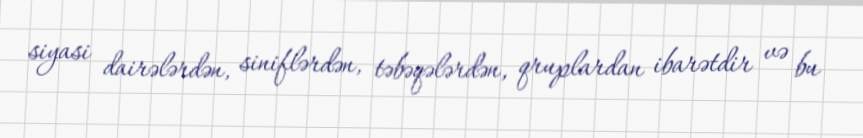
siyasi dairələrdən, siniflərdən, təbəqələrdən, qruplardan ibarətdir və bu